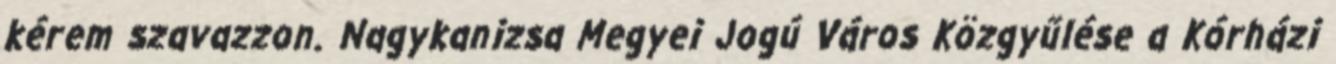
kérem szavazzon. Nagykanizsa Megyei Jogú Város Közgyűlése a Kórházi